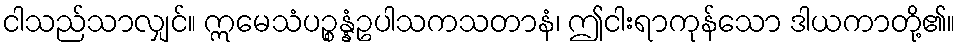
ငါသည်သာလျှင်။ ဣမေသံပဉ္စန္နံဥပါသကသတာနံ၊ ဤငါးရာကုန်သော ဒါယကာတို့၏။